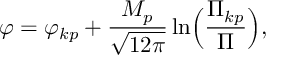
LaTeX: \varphi = { \varphi _ { k p } } + \frac { M _ { p } } { \sqrt { 1 2 \pi } } \ln \Bigl ( \frac { { \Pi } _ { k p } } { \Pi } \Bigr ) ,